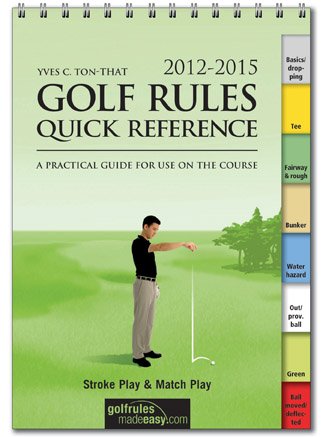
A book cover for Booklegger Golf Rules Quick Reference Guide; YVES C TON-THAT; Sports & Outdoors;